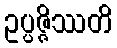
ဥပ္ပဇ္ဇိဿတိ